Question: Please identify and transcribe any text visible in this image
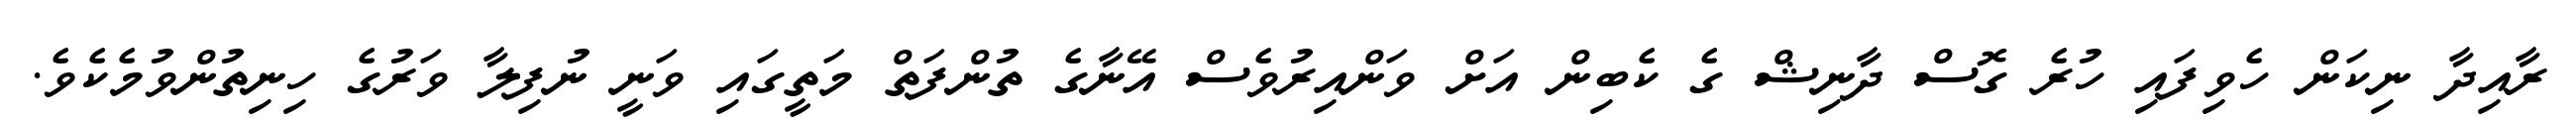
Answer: ރާއިދާ ނިކަން ހެވިފައި ހުރެ ގޮސް ދާނިޝް ގެ ކެބިން އަށް ވަންއިރުވެސް އޭނާގެ ތުންފަތް މަތީގައި ވަނީ ނުފިލާ ވަރުގެ ހިނިތުންވުމެކެވެ.